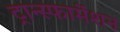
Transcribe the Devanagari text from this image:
ट्रान्स्फार्मेशन